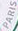
PARIS